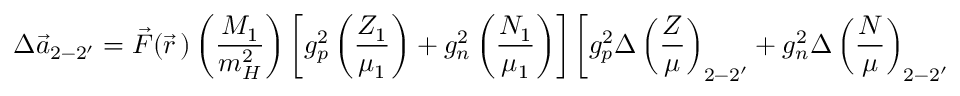
\Delta \vec { a } _ { 2 - 2 ^ { \prime } } = \vec { \cal F } ( \vec { r } \, ) \left( \frac { M _ { 1 } } { m _ { H } ^ { 2 } } \right) \left[ g _ { p } ^ { 2 } \left( \frac { Z _ { 1 } } { \mu _ { 1 } } \right) + g _ { n } ^ { 2 } \left( \frac { N _ { 1 } } { \mu _ { 1 } } \right) \right] \left[ g _ { p } ^ { 2 } \Delta \left( \frac { Z } { \mu } \right) _ { 2 - 2 ^ { \prime } } + g _ { n } ^ { 2 } \Delta \left( \frac { N } { \mu } \right) _ { 2 - 2 ^ { \prime } } \right] ,